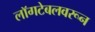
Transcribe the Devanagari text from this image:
लॉगटेबलवरून